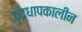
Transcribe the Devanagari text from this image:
वृद्धापकालीन